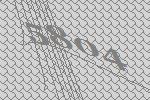
5804